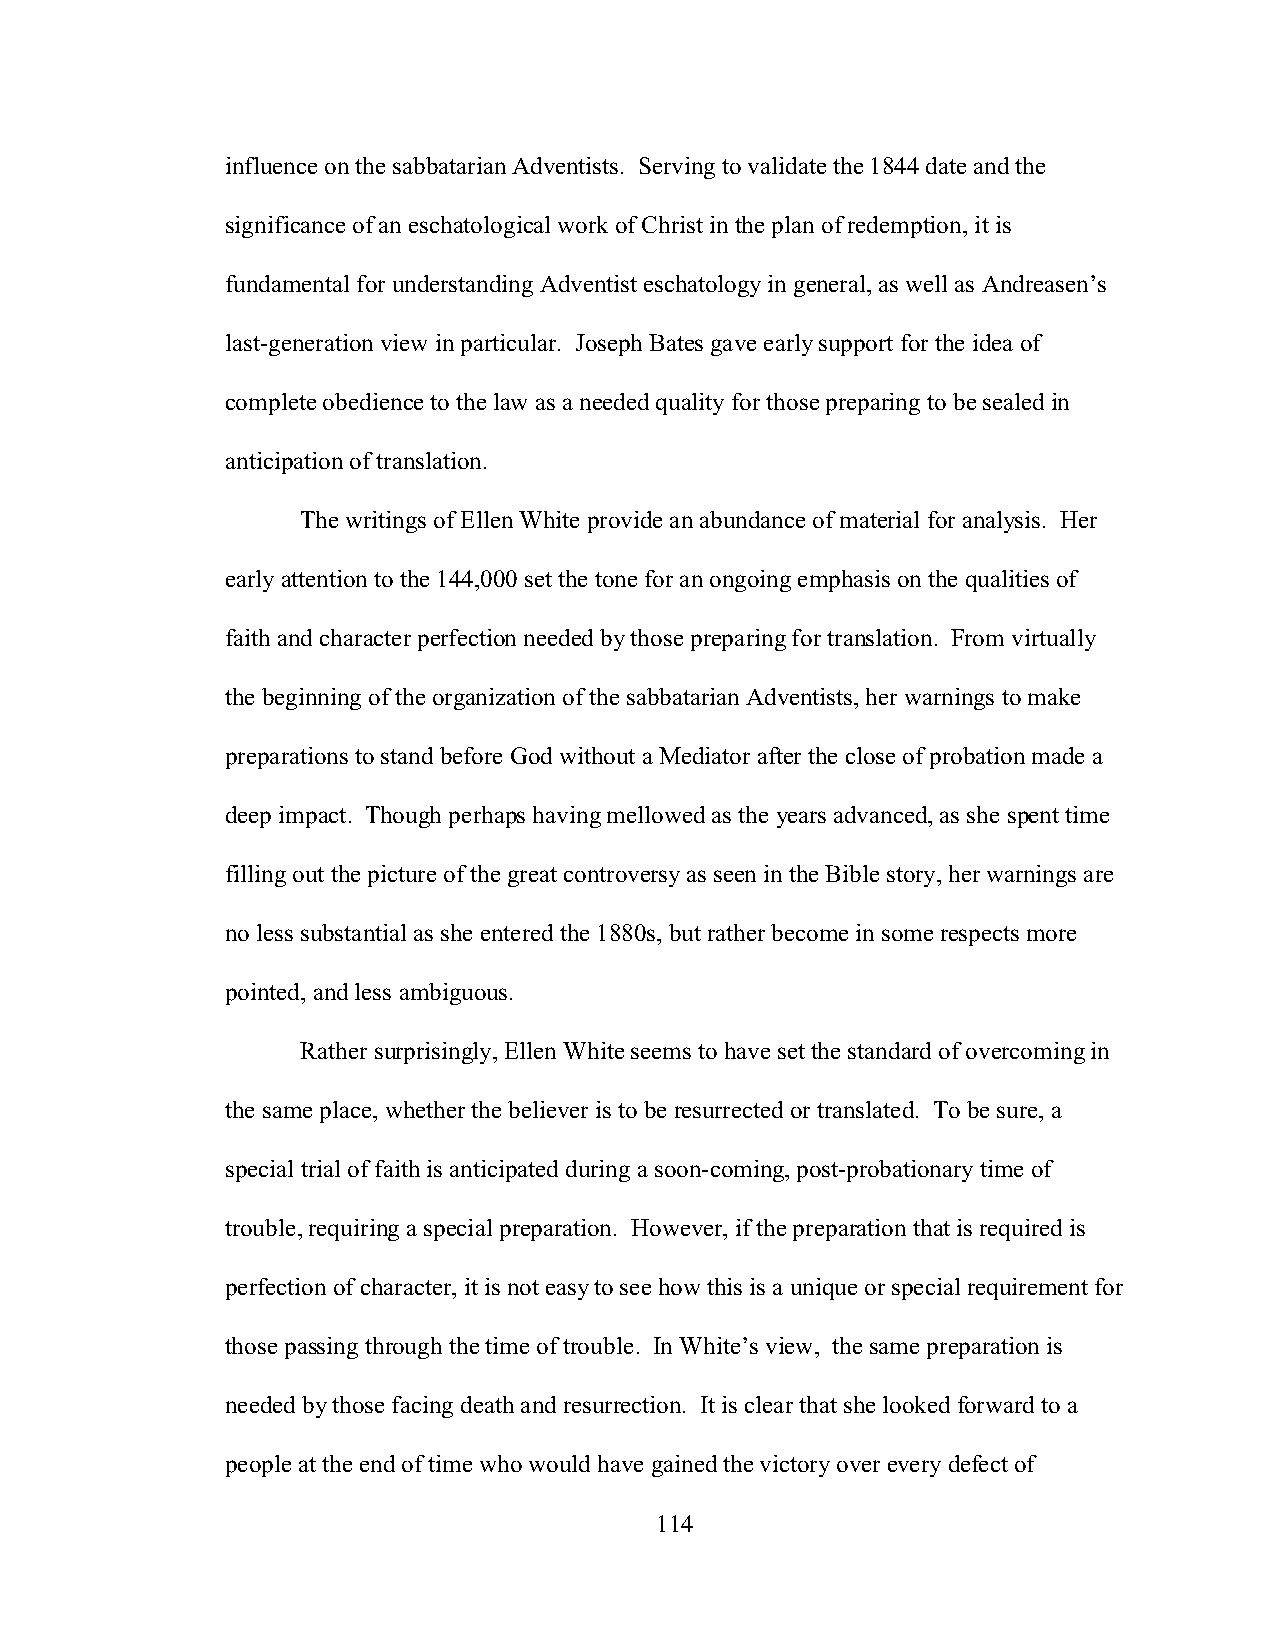
influence on the sabbatarian Adventists. Serving to validate the 1844 date and the
 significance of an eschatological work of Christ in the plan of redemption, it is
 fundamental for understanding Adventist eschatology in general, as well as Andreasen’s
 last-generation view in particular. Joseph Bates gave early support for the idea of
 complete obedience to the law as a needed quality for those preparing to be sealed in
 anticipation of translation.
 The writings of Ellen White provide an abundance of material for analysis. Her
 early attention to the 144,000 set the tone for an ongoing emphasis on the qualities of
 faith and character perfection needed by those preparing for translation. From virtually
 the beginning of the organization of the sabbatarian Adventists, her warnings to make
 preparations to stand before God without a Mediator after the close of probation made a
 deep impact. Though perhaps having mellowed as the years advanced, as she spent time
 filling out the picture of the great controversy as seen in the Bible story, her warnings are
 no less substantial as she entered the 1880s, but rather become in some respects more
 pointed, and less ambiguous.
 Rather surprisingly, Ellen White seems to have set the standard of overcoming in
 the same place, whether the believer is to be resurrected or translated. To be sure, a
 special trial of faith is anticipated during a soon-coming, post-probationary time of
 trouble, requiring a special preparation. However, if the preparation that is required is
 perfection of character, it is not easy to see how this is a unique or special requirement for
 those passing through the time of trouble. In White’s view, the same preparation is
 needed by those facing death and resurrection. It is clear that she looked forward to a
 people at the end of time who would have gained the victory over every defect of
 114